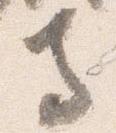
寺